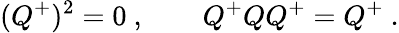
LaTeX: (Q^{+})^{2}=0\ ,\qquad Q^{+}QQ^{+}=Q^{+}\ .